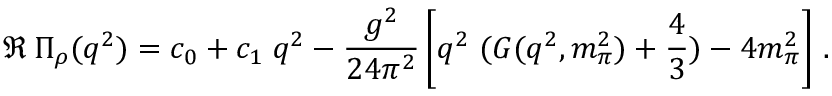
\Re \: \Pi _ { \rho } ( q ^ { 2 } ) = c _ { 0 } + c _ { 1 } \; q ^ { 2 } - \frac { g ^ { 2 } } { 2 4 \pi ^ { 2 } } \left[ q ^ { 2 } \; ( { \cal G } ( q ^ { 2 } , m _ { \pi } ^ { 2 } ) + \frac { 4 } { 3 } ) - 4 m _ { \pi } ^ { 2 } \right] \, .